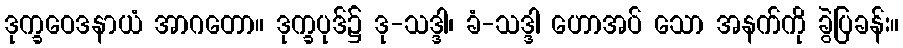
ဒုက္ခဝေဒနာယံ အာဂတော။ ဒုက္ခပုဒ်၌ ဒု-သဒ္ဒါ၊ ခံ-သဒ္ဒါ ဟောအပ် သော အနက်ကို ခွဲပြခန်း။